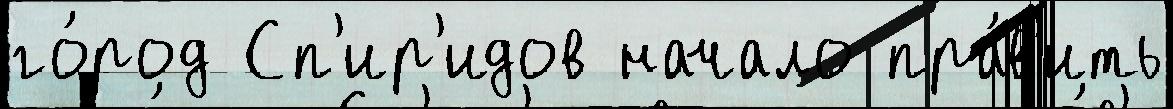
го́род Сп'ир'идов начало пра́в'ить